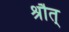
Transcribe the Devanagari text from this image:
श्रौत्